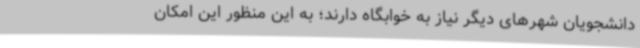
دانشجویان شهرهای دیگر نیاز به خوابگاه دارند؛ به این منظور این امکان